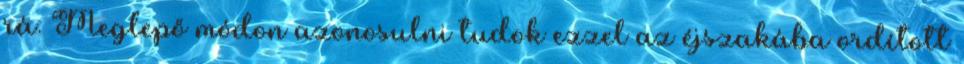
rá. Meglepő módon azonosulni tudok ezzel az éjszakába ordított